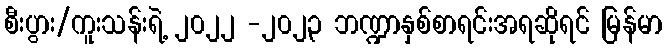
စီးပွား/ကူးသန်းရဲ့ ၂၀၂၂ -၂၀၂၃ ဘဏ္ဍာနှစ်စာရင်းအရဆိုရင် မြန်မာ